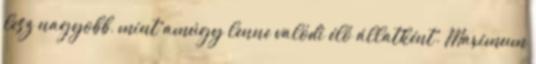
lesz nagyobb, mint amúgy lenne valódi élő állatként. Maximum